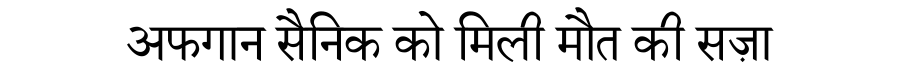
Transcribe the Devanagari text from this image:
अफगान सैनिक को मिली मौत की सज़ा